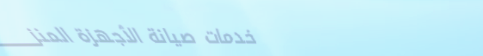
خدمات صيانة الأجهزة المنز